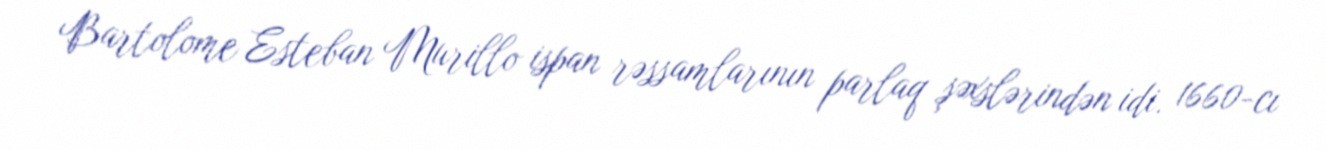
Bartolome Esteban Murillo ispan rəssamlarının parlaq şəxslərindən idi. 1660-cı